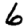
Digit: 6